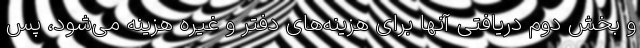
و بخش دوم دریافتی آنها برای هزینه‌های دفتر و غیره هزینه می‌شود، پس